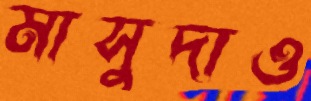
মাসুদাও